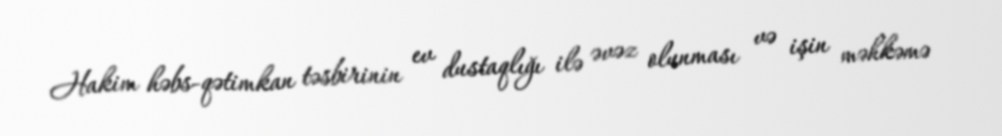
Hakim həbs-qətimkan təsbirinin ev dustaqlığı ilə əvəz olunması və işin məhkəmə